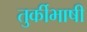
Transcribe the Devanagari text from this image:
तुर्कीभाषी